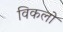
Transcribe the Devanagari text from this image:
विकलो